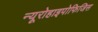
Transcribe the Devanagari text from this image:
न्यूरोहाइपोफिजिस